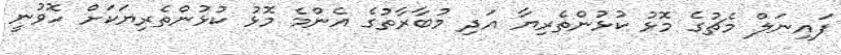
ފައިނަލް މެޗުގެ މޮޅު ކުޅުންތެރިޔާ އަދި މުބާރާތުގެ އެންމެ މޮޅު ކުޅުންތެރިޔަކަށް ހޮވުނީ